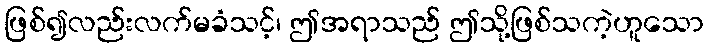
ဖြစ်၍လည်းလက်မခံသင့်၊ ဤအရာသည် ဤသို့ဖြစ်သကဲ့ဟူသော